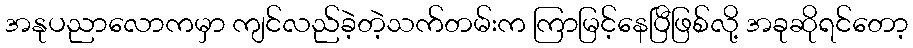
အနုပညာလောကမှာ ကျင်လည်ခဲ့တဲ့သက်တမ်းက ကြာမြင့်နေပြီဖြစ်လို့ အခုဆိုရင်တော့